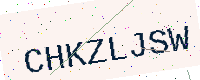
Text: CHKZLJSW